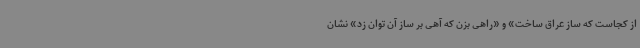
از کجاست که ساز عراق ساخت» و «راهی بزن که آهی بر ساز آن توان زد» نشان